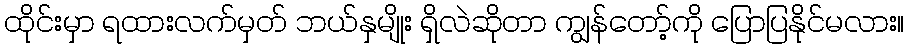
ထိုင်းမှာ ရထားလက်မှတ် ဘယ်နှမျိုး ရှိလဲဆိုတာ ကျွန်တော့်ကို ပြောပြနိုင်မလား။